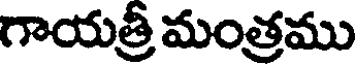
గాయత్రీ మంత్రము